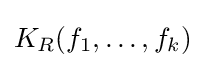
K_{R}(f_{1},\ldots ,f_{k})